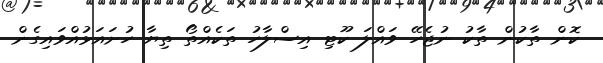
ކޮން ތާކުން ތާކު ނުޖެހޭ ވައްލަ ކޫޓި އިސްލާހު ތަކެއްތޯ ތިޔާ ހުށައަޅުއްވައިގެން